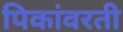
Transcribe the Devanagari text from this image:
पिकांवरती